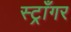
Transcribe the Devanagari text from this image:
स्ट्राँगर